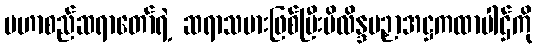
မဟာစည်ဆရာတော်ရဲ့ ဆရာသမားဖြစ်ပြီးမိလိန္ဒပဉှာအဋ္ဌကထာပါဌ်ကို